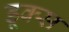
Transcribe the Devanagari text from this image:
डूक्स